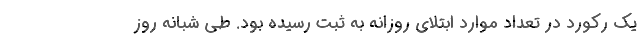
یک رکورد در تعداد موارد ابتلای روزانه به ثبت رسیده بود. طی شبانه روز